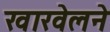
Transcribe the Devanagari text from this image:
खारवेलने